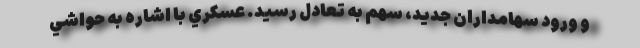
و ورود سهامداران جدید، سهم به تعادل رسید. عسكري با اشاره به حواشي